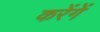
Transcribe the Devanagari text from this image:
करेंगेें